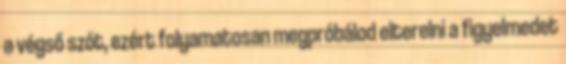
a végső szót, ezért folyamatosan megpróbálod elterelni a figyelmedet